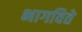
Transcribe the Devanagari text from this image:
भागविते